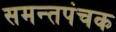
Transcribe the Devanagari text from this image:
समन्तपंचक